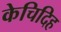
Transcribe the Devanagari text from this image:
केचिदिह